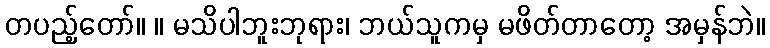
တပည့်တော်။ ။ မသိပါဘူးဘုရား၊ ဘယ်သူကမှ မဖိတ်တာတော့ အမှန်ဘဲ။